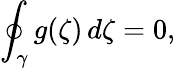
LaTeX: \oint_{\gamma}g(\zeta)\, d\zeta=0,